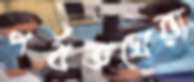
পর্বতঘেরা